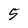
Character: 5